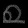
Digit: ၈